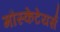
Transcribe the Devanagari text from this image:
मौस्केटेयर्स